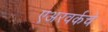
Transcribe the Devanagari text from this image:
एअरवर्कचे